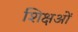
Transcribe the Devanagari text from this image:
शिक्षओं